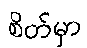
စိတ်မှာ